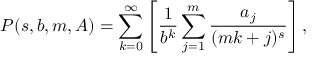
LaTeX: P ( s , b , m , A ) = \sum _ { k = 0 } ^ { \infty } \left[ { \frac { 1 } { b ^ { k } } } \sum _ { j = 1 } ^ { m } { \frac { a _ { j } } { ( m k + j ) ^ { s } } } \right] ,